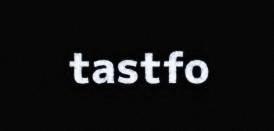
tastfo